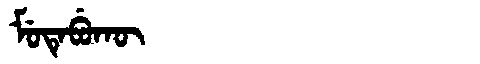
Manchu: ᠮᡠᡨᡝᠪᡠᡴᡡ
Romanization: MUTEBUKŪ